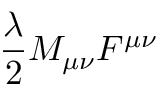
{ \frac { \lambda } { 2 } } M _ { \mu \nu } F ^ { \mu \nu }